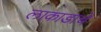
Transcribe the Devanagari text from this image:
लाकाडाचे